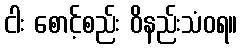
ငါး စောင့်စည်း ဝိနည်းသံဝရ။